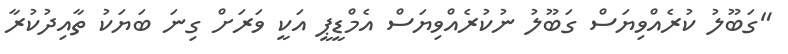
"ގަބޫލު ކުރެއްވިޔަސް ގަބޫލު ނުކުރެއްވިޔަސް އެމްޑީޕީ އަކީ ވަރަށް ގިނަ ބަޔަކު ތާއިދުކުރާ